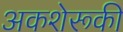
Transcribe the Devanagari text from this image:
अकशेरूकी